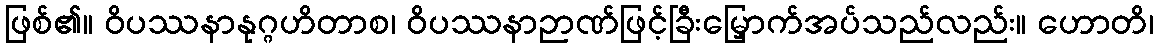
ဖြစ်၏။ ဝိပဿနာနုဂ္ဂဟိတာစ၊ ဝိပဿနာဉာဏ်ဖြင့်ခြီးမြှောက်အပ်သည်လည်း။ ဟောတိ၊